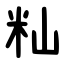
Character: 籼